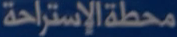
محطة الإستراحة